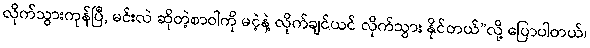
လိုက်သွားကုန်ပြီ, မင်းလဲ ဆိုတဲ့စာဝါကို မငဲ့နဲ့ လိုက်ချင်ယင် လိုက်သွား နိုင်တယ်”လို့ ပြောပါတယ်၊